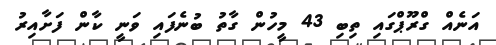
އަނެއް ގްރޫޕްގައި ތިބި 43 މީހުން ގާތު ބުނެފައި ވަނީ ކާން ފަށާއިރު